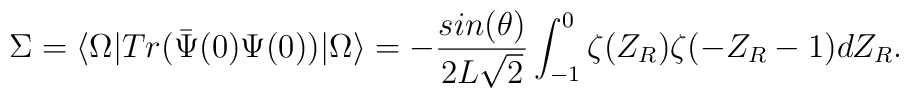
\Sigma  =\langle \Omega \vert  Tr( {\bar \Psi(0)} \Psi(0)) \vert \Omega \rangle = -{sin(\theta) \over2L \sqrt{2} } \int_{-1}^0 \zeta(Z_R)\zeta(-Z_R-1) dZ_R.